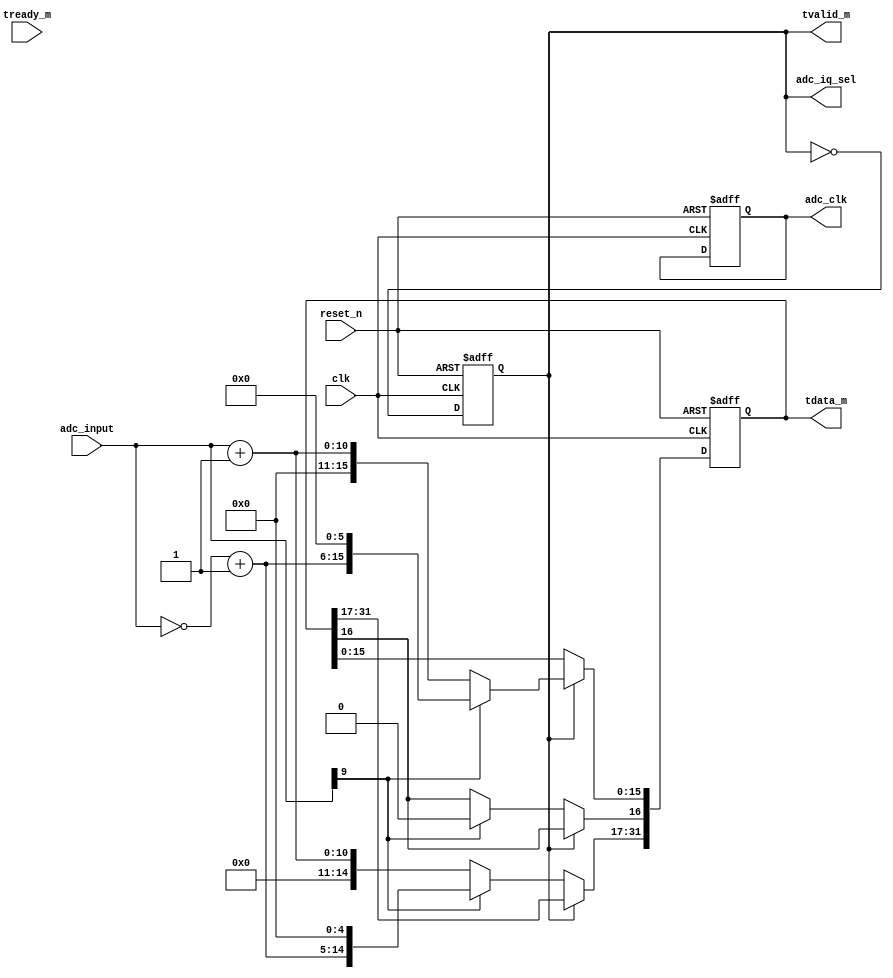
/*
    adc_input_ad9201.v
    AD9201 ADC input
*/
module adc_input_ad9201 (
    input  wire       clk,
    input  wire       reset_n,
    
    // ADC input
    input  wire [9:0]  adc_input,
    output reg         adc_iq_sel,
    output reg         adc_clk,

    // AXI-Stream output
    output reg  [31:0] tdata_m,
    output wire        tvalid_m,
    input  wire        tready_m
);

    always @(posedge clk, negedge reset_n) begin
        if(!reset_n) begin
            adc_clk    <= 1'b0;
            adc_iq_sel <= 1'b0;
            tdata_m    <= 'h0;
        end 
        else begin
            if(adc_iq_sel) begin          // I
                if(adc_input[9])        // Convert to signed
                    tdata_m[15:0]  <= (~adc_input + 1) << 6;
                else
                    tdata_m[15:0] <= adc_input + 1;
            end
            else begin                  // Q
                if(adc_input[9])        // Convert to signed
                    tdata_m[31:16]  <= (~adc_input + 1) << 6;
                else
                    tdata_m[31:17] <= adc_input + 1;
            end

            adc_iq_sel <= ~adc_iq_sel;
        end   
    end

    assign tvalid_m = adc_iq_sel;
endmodule